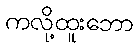
ကလို့ထူးဘော